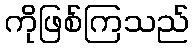
ကိုဖြစ်ကြသည်